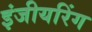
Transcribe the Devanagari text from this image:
इंजीयरिंग